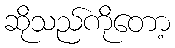
ဆိုသည်ကိုတော့